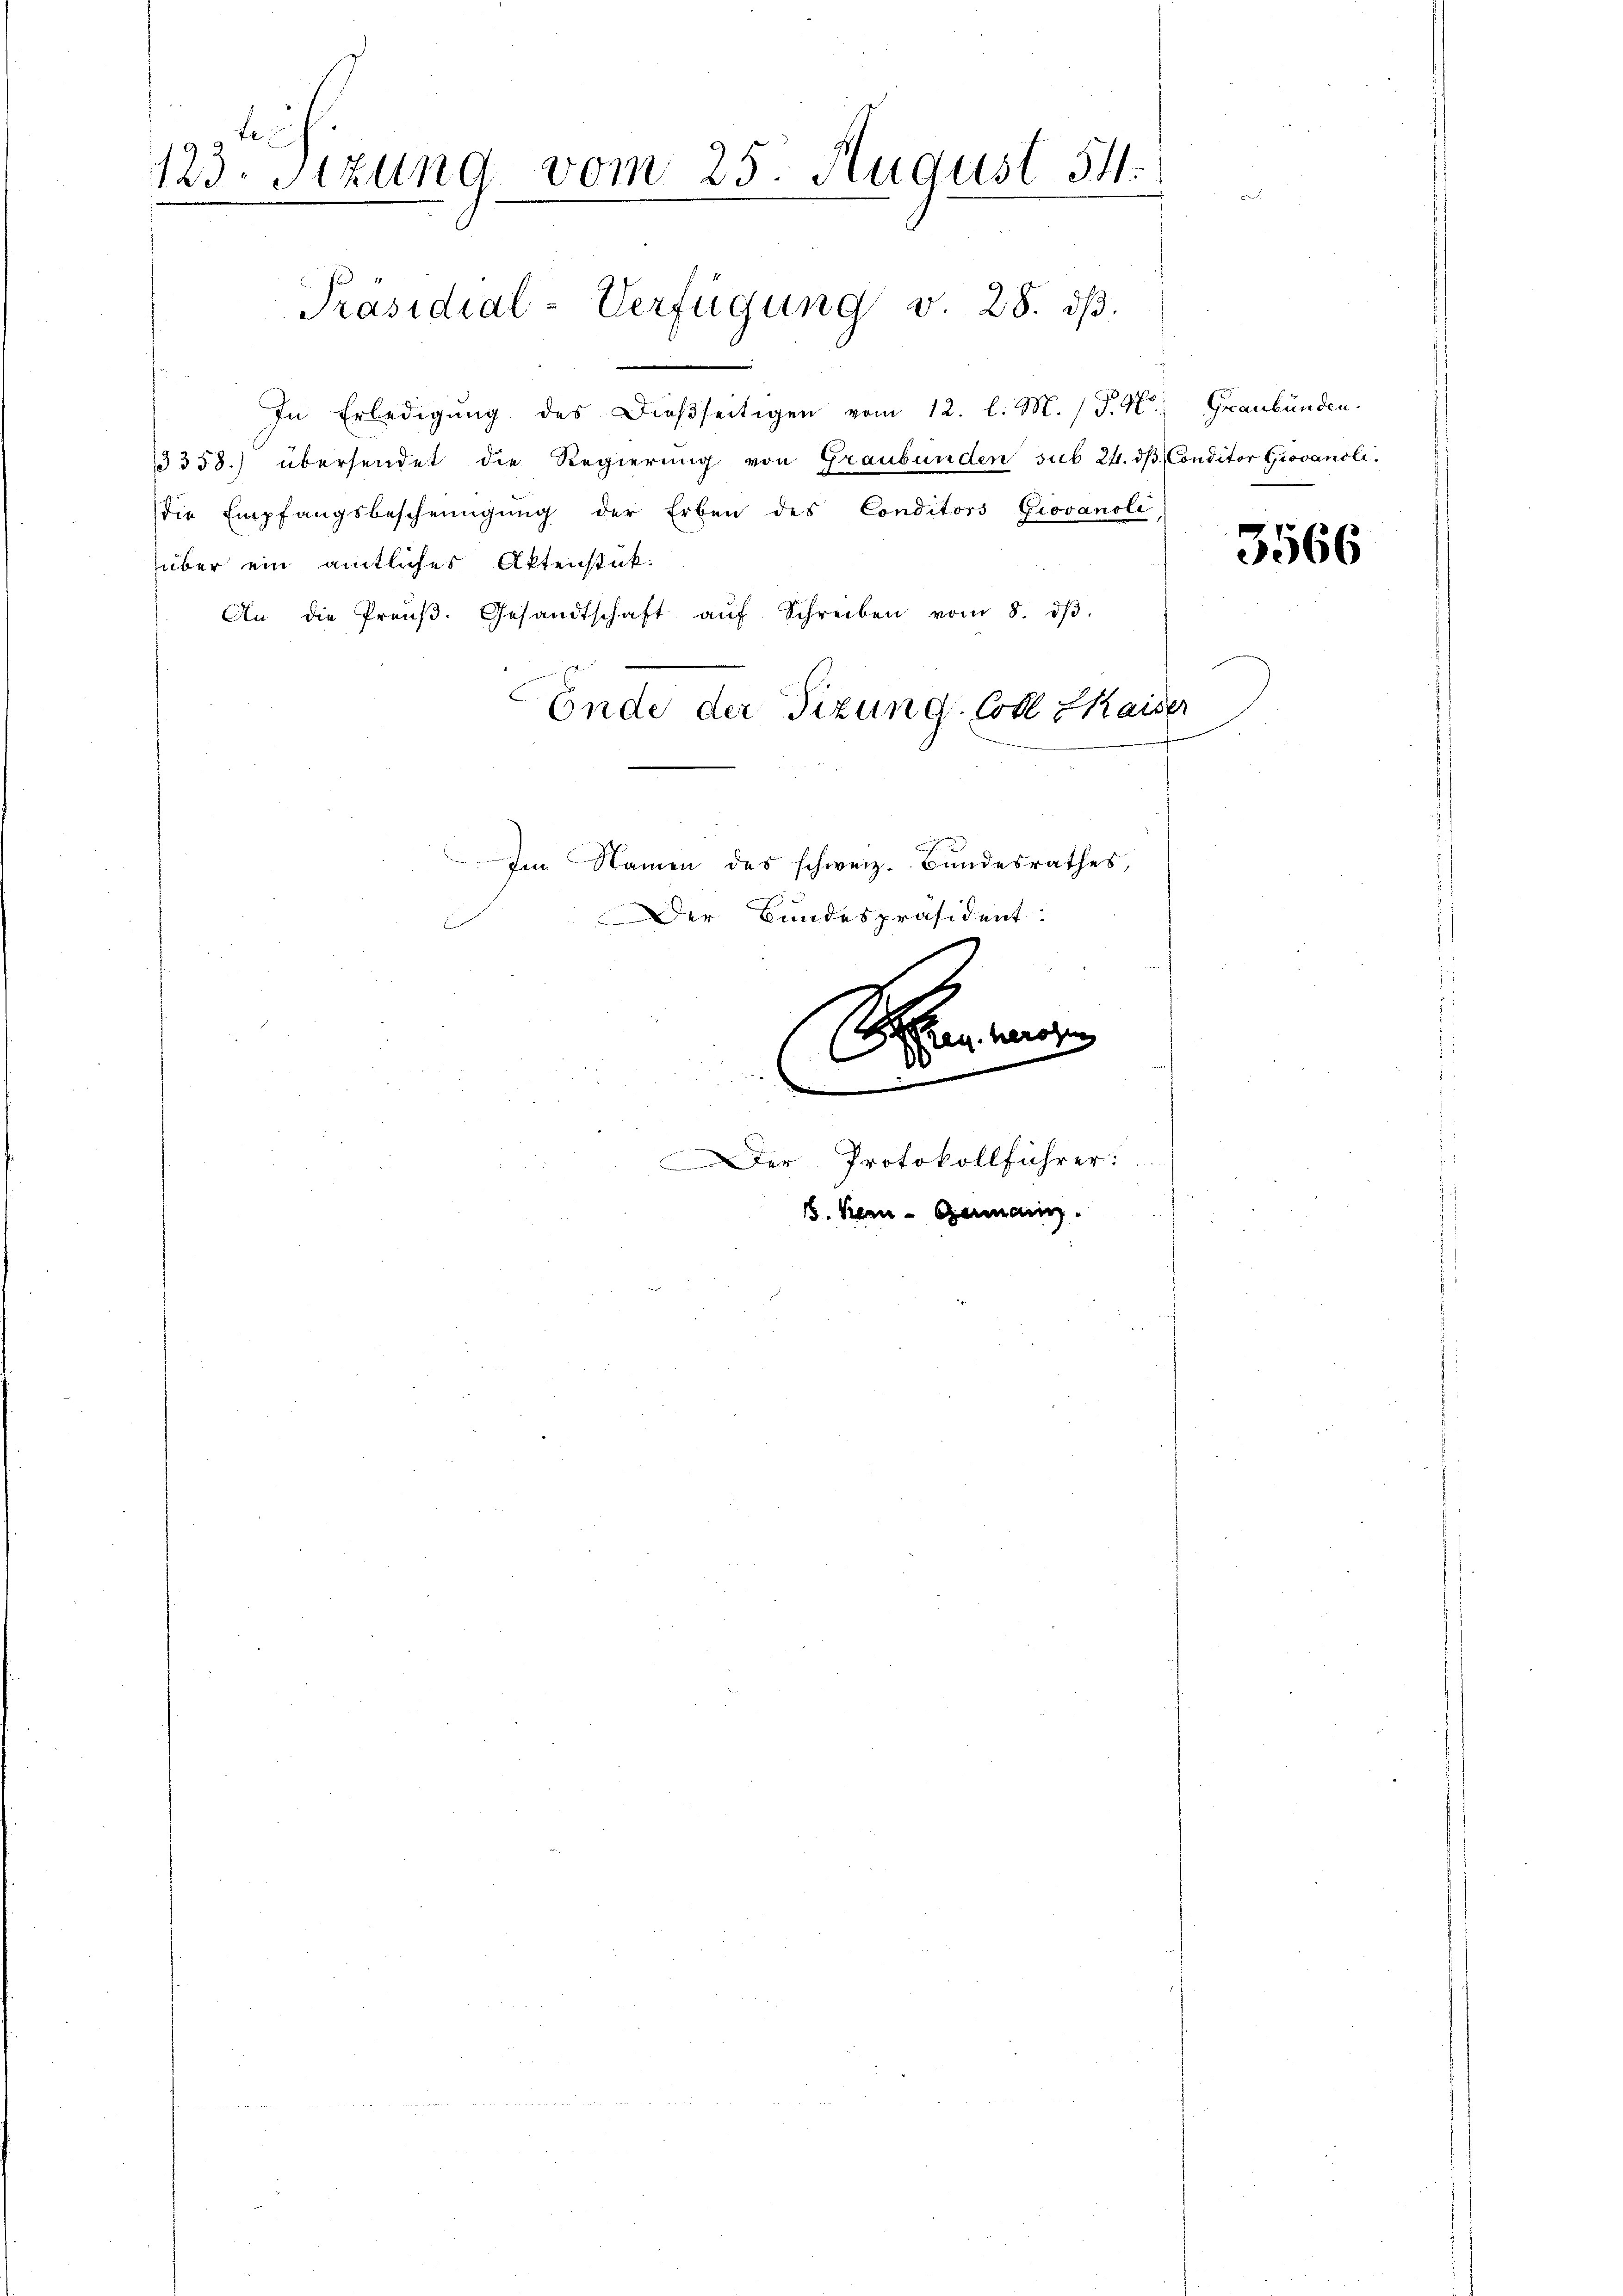
.
123. Stzung vom 25. August 54.
.

Präsidial-Verfügung v. 28. dβ.

In Erledigung des Dießseitigen vom 12. l. M. / P. M. Graubünden.
358.) übersendet die Regierung von Graubünden sub 24. dβ Conditor Giovanoli.
die Empfangsbescheinigŭng der Erben des Conditors Giovanoli
über ein amtliches Aktenstük.
An die Preŭβ. Gesandtschaft aŭf Schreiben vom 8. dβ.
Ende der Tizung. Coll Kaiser
Im Namen des schweiz. Bundesrathes,

Der Bundespräsident:

e
Der Protokollführer:
1. Bern Germann.

3566